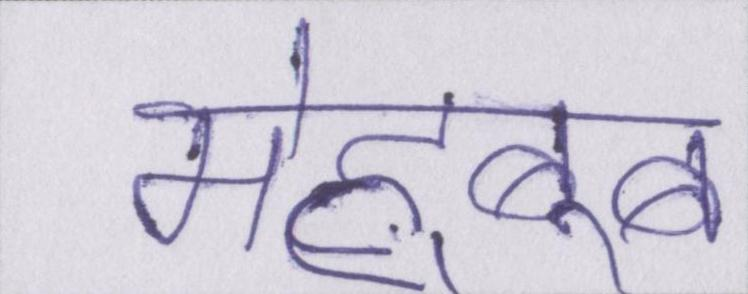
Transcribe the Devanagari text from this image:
मेह्बूब